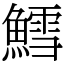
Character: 鱈